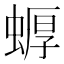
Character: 𱿳